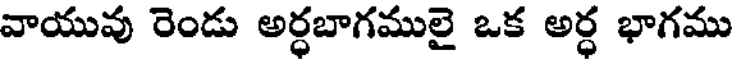
వాయువు రెండు అర్ధబాగములై ఒక అర్ధ భాగము